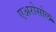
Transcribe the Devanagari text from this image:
एअरोसोल